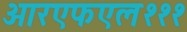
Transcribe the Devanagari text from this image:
आरएफएल१११